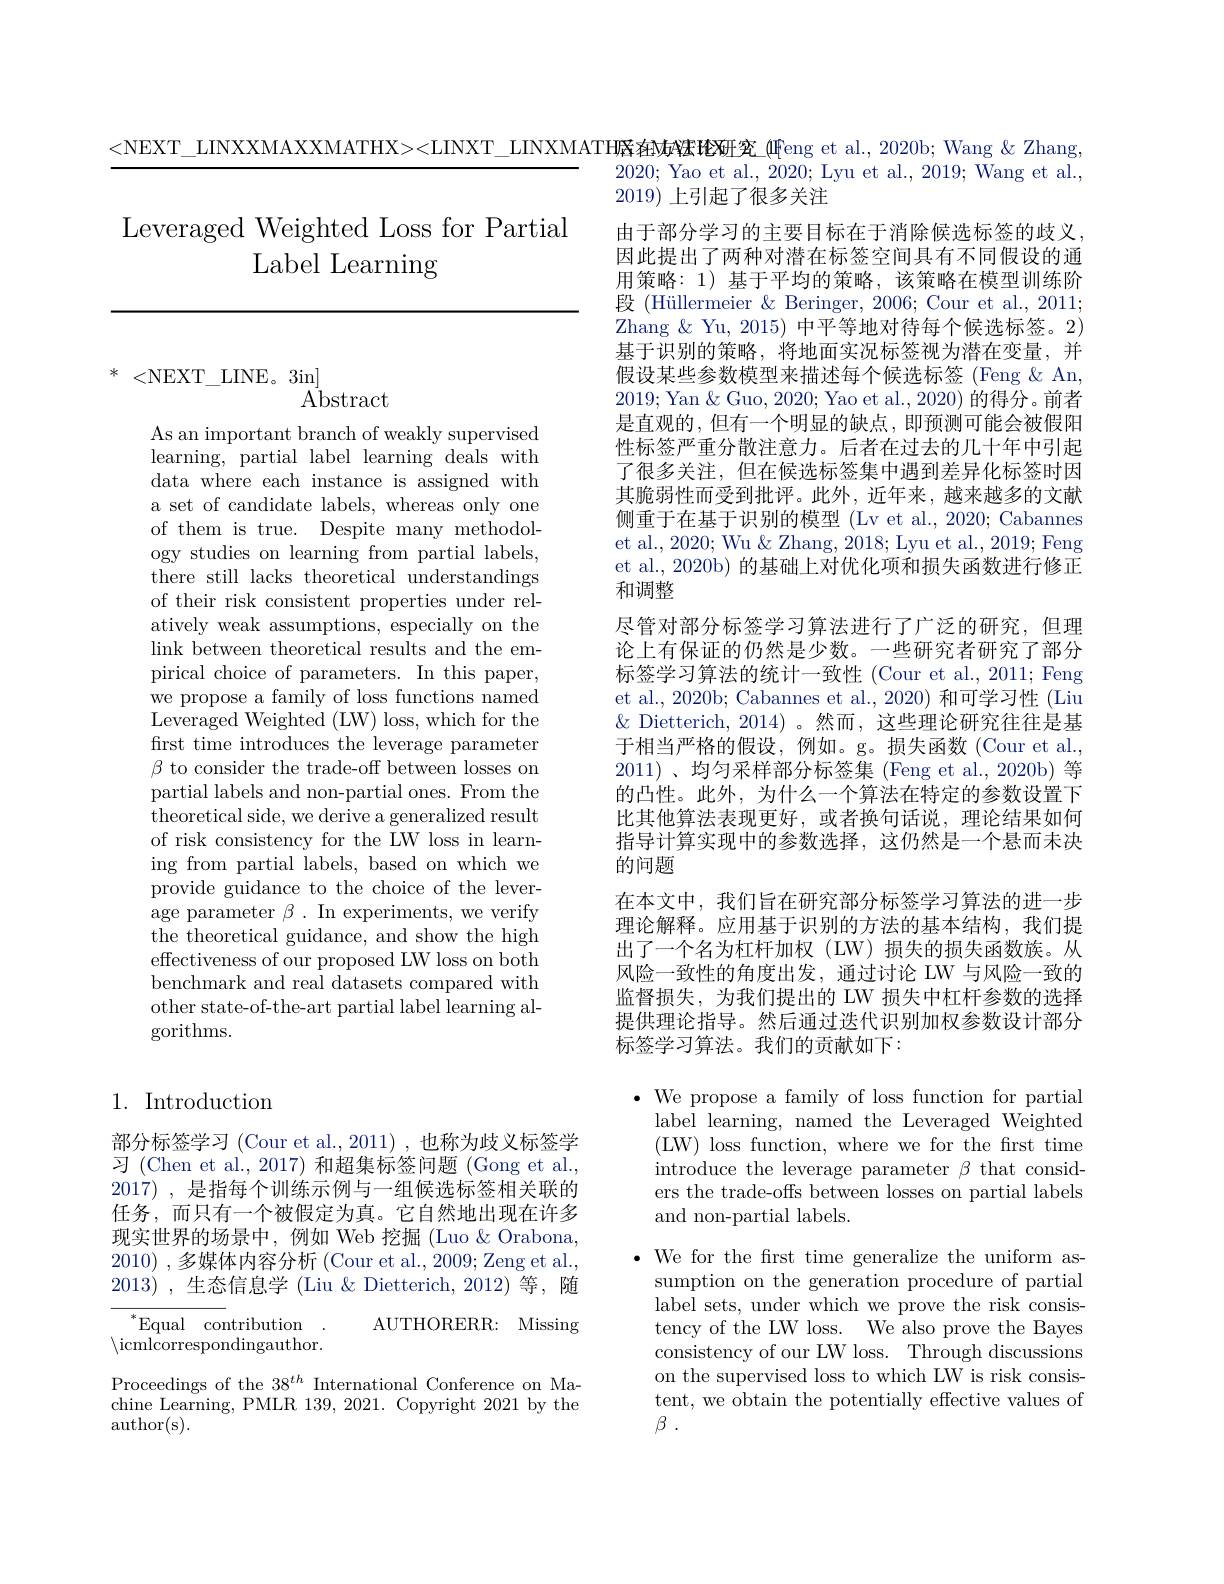
Leveraged Weighted Loss for Partial
# Label Learning

* <NEXT\_LINE。3in]
Abstract

As an important branch of weakly supervised learning, partial label learning deals with data where each instance is assigned with a set of candidate labels, whereas only one of them is true. Despite many methodology studies on learning from partial labels, there still lacks theoretical understandings of their risk consistent properties under relatively weak assumptions, especially on the link between theoretical results and the empirical choice of parameters. In this paper, we propose a family of loss functions named Leveraged Weighted (LW) loss, which for the first time introduces the leverage parameter $\beta$ to consider the trade-off between losses on partial labels and non-partial ones. From the theoretical side, we derive a generalized result of risk consistency for the LW loss in learning from partial labels, based on which we provide guidance to the choice of the leverage parameter $\beta.$ In experiments, we verify the theoretical guidance, and show the high effectiveness of our proposed LW loss on both benchmark and real datasets compared with other state-of-the-art partial label learning algorithms.

## 1. Introduction

部分标签学习 (Cour et al., 2011),也称为歧义标签学习 (Chen et al., 2017) 和超集标签问题 (Gong et al., 2017) , 是指每个训练示例与一组候选标签相关联的任务，而只有一个被假定为真。它自然地出现在许多现实世界的场景中，例如 Web 挖掘(Luo&Orabona, 2010) , 多 媒 体 内 容 分 析 ( Cour et al. , 2009; Zeng et al. , 2013),生态信息学 (Liu &Dietterich,2012)等，随
AUTHORERR: Missing
$^*$Equal contribution . $\langle$icmlcorrespondingauthor.

Proceedings of the 38$^{th}$ International Conference on Machine Learning, PMLR 139, 2021. Copyright 2021 by the author(s).

<NEXT\_LINXXMAXXMATHX><LINXT\_LINXMATH联 痊妨笨玱硏究\_($\mathbb{F}$eng et al., 2020b; Wang & Zhang,
2020; Yao et al., 2020; Lyu et al., 2019; Wang et al.,
2019)上引起了很多关注
由于部分学习的主要目标在于消除候选标签的歧义。因此提出了两种对潜在标签空间具有不同假设的通用策略：1) 基于平均的策略，该策略在模型训练阶段 (Hüllermeier & Beringer, 2006; Cour et al., 2011; Zhang &Yu, 2015) 中平等地对待每个候选标签。2) 基于识别的策略，将地面实况标签视为潜在变量，并假设某些参数模型来描述每个候选标签 (Feng $\&$ An, 2019; Yan & Guo, 2020; Yao et al., 2020) 的得分。前者是直观的，但有一个明显的缺点，即预测可能会被假阳性标签严重分散注意力。后者在过去的几十年中引起了很多关注，但在候选标签集中遇到差异化标签时因其脆弱性而受到批评。此外，近年来，越来越多的文献侧重于在基于识别的模型 (Lv et al., 2020; Cabannes et al., 2020; Wu & Zhang, 2018; Lyu et al., 2019; Feng et al., 2020b) 的基础上对优化项和损失函数进行修正和调整
尽管对部分标签学习算法进行了广泛的研究，但理论上有保证的仍然是少数。一些研究者研究了部分标签学习算法的统计一致性 (Cour et al., 2011; Feng et al., 2020b; Cabannes et al., 2020) 和可学习性 (Liu $\&$ Dietterich, 2014)。然而，这些理论研究往往是基于相当严格的假设，例如。g。损失函数(Cour et al., 2011)、均匀采样部分标签集 (Feng et al., 2020b)等的凸性。此外，为什么一个算法在特定的参数设置下比其他算法表现更好，或者换句话说，理论结果如何指导计算实现中的参数选择，这仍然是一个悬而未决的问题
在本文中，我们旨在研究部分标签学习算法的进一步理论解释。应用基于识别的方法的基本结构，我们提出了一个名为杠杆加权(LW)损失的损失函数族。从风险一致性的角度出发，通过讨论 LW 与风险一致的监督损失，为我们提出的 LW 损失中杠杆参数的选择提供理论指导。然后通过迭代识别加权参数设计部分标签学习算法。我们的贡献如下：

$\bullet$ We propose a family of loss function for partial
label learning, named the Leveraged Weighted ( LW) loss function, where we for the first time introduce the leverage parameter $\beta$ that considers the trade-offs between losses on partial labels and non-partial labels.

$\cdot$ We for the frst time generalize the uniform as-
sumption on the generation procedure of partial label sets, under which we prove the risk consistency of the LW loss. We also prove the Bayes consistency of our LW loss. Through discussions on the supervised loss to which LW is risk consistent, we obtain the potentially effective values of $\beta$ .